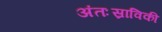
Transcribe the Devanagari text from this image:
अंतःस्राविकी